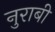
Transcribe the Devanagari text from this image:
नुराबी